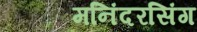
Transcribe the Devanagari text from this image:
मनिंदरसिंग